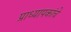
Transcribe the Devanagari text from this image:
प्राध्यापकांचे